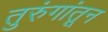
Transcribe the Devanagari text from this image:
तुरुंगांतून